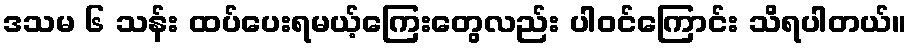
ဒသမ ၆ သန်း ထပ်ပေးရမယ့်ကြေးတွေလည်း ပါဝင်ကြောင်း သိရပါတယ်။